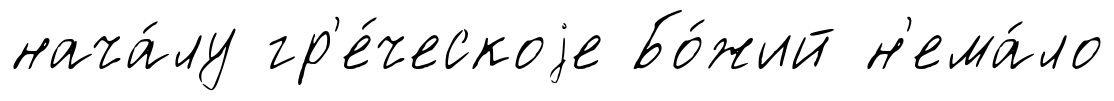
нача́лу гр'е́ческоjе Бо́жий н'ема́ло